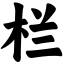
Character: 栏